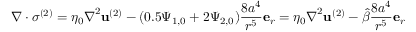
\nabla \cdot \boldsymbol { \sigma } ^ { ( 2 ) } = \eta _ { 0 } \boldsymbol { \nabla } ^ { 2 } \mathbf { u } ^ { ( 2 ) } - ( 0 . 5 \Psi _ { 1 , 0 } + 2 \Psi _ { 2 , 0 } ) \frac { 8 a ^ { 4 } } { r ^ { 5 } } \mathbf { e } _ { r } = \eta _ { 0 } \boldsymbol { \nabla } ^ { 2 } \mathbf { u } ^ { ( 2 ) } - \hat { \beta } \frac { 8 a ^ { 4 } } { r ^ { 5 } } \mathbf { e } _ { r }